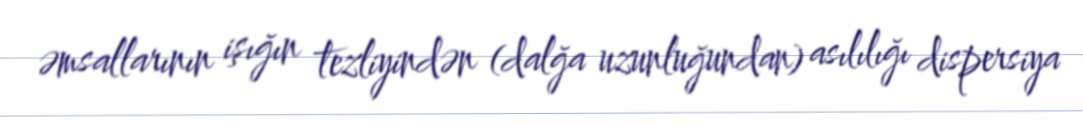
əmsallarının işığın tezliyindən (dalğa uzunluğundan) asılılığı dispersiya